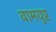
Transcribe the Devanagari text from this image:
वामयुप्ट